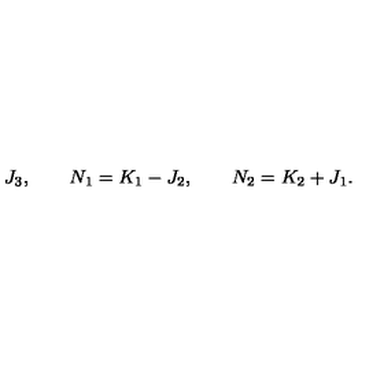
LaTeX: J _ { 3 } , \qquad N _ { 1 } = K _ { 1 } - J _ { 2 } , \qquad N _ { 2 } = K _ { 2 } + J _ { 1 } .